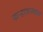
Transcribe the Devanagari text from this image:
कऱ्हाडजवळ